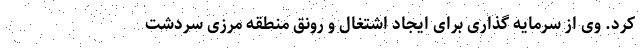
کرد. وی از سرمایه گذاری برای ایجاد اشتغال و رونق منطقه مرزی سردشت